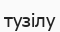
тузілу